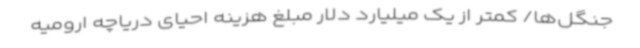
جنگل‌ها/ کمتر از یک میلیارد دلار مبلغ هزینه احیای دریاچه‌ ارومیه ‌